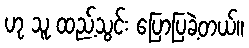
ဟု သူ ထည့်သွင်း ပြောပြခဲ့တယ်။